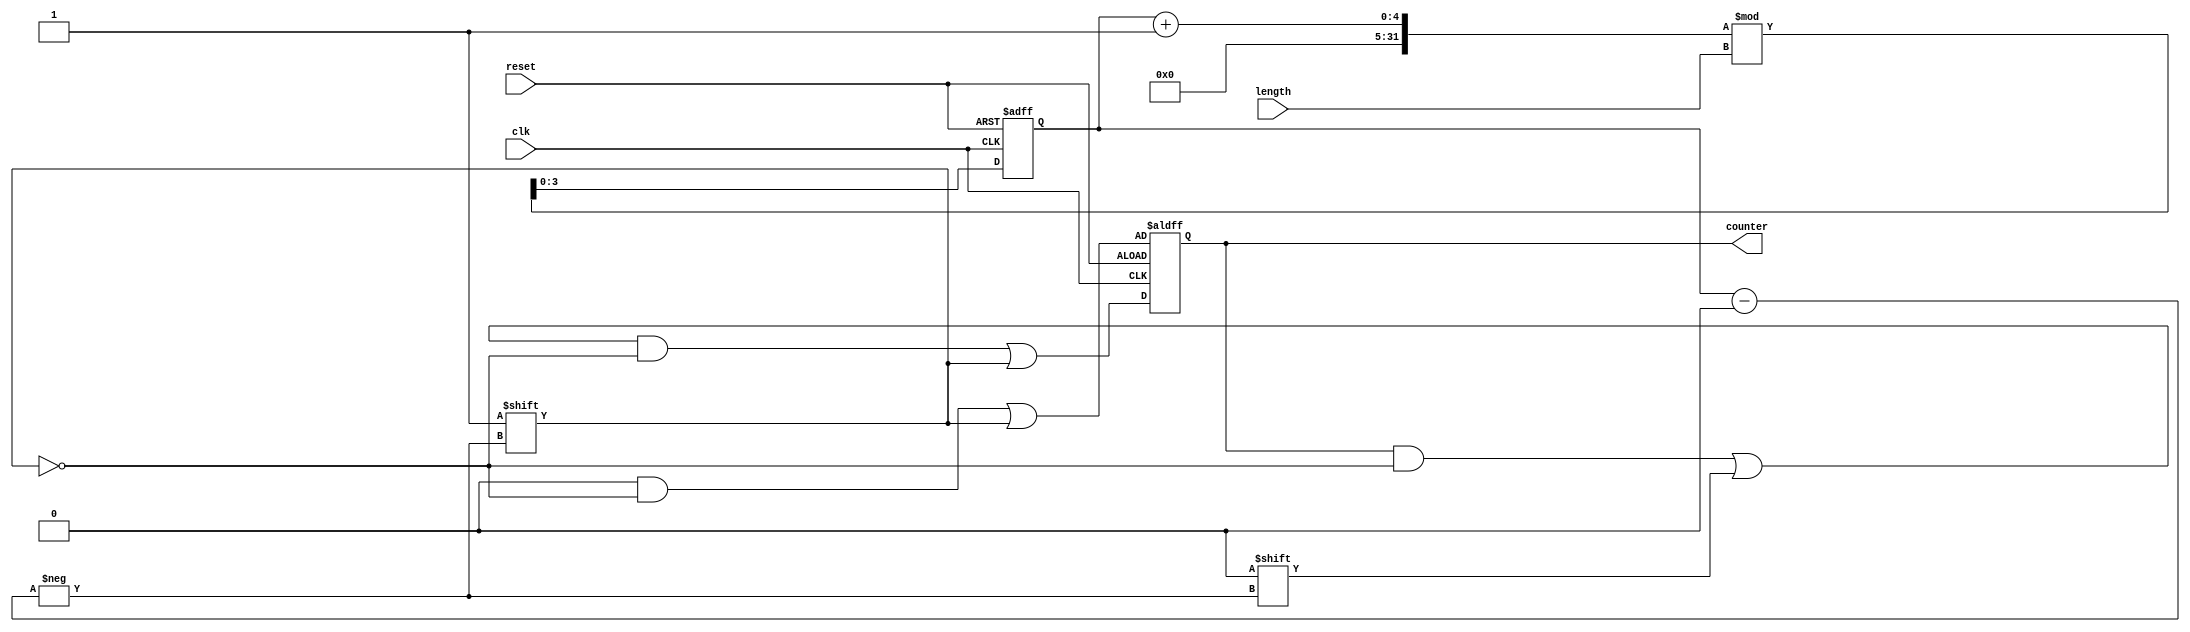
module variable_length_ring_counter (
    input wire clk,                // Clock input
    input wire reset,              // Asynchronous reset
    input wire [3:0] length,       // Length of the ring counter (1 to 15)
    output reg [15:0] counter       // Output state of the counter
);

    // Internal variable to track the current position of '1'
    reg [3:0] current_position;

    always @(posedge clk or posedge reset) begin
        if (reset) begin
            // On reset, initialize the counter
            counter <= 16'b0;
            current_position <= 0;
            counter[current_position] <= 1'b1; // Set the first position to '1'
        end else begin
            // Shift the '1' to the next position
            counter[current_position] <= 1'b0; // Clear the current position
            
            // Update current position
            current_position <= (current_position + 1) % length; // Wrap around if needed
            
            // Set the new position to '1'
            counter[current_position] <= 1'b1;
        end
    end

endmodule